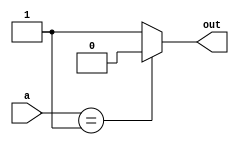
module dont_care_case (
    input [1:0] a,
    output reg out
);

always @(*) begin
    case(a)
        2'b00, 2'b11: out = 1; // Don't care cases
        2'b01: out = 0;
        default: out = 1;
    endcase
end

endmodule